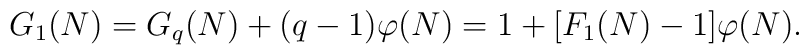
G_{1}(N) = G_{q}(N) + (q-1) \varphi (N) = 1 + [F_{1}(N)-1] \varphi (N).